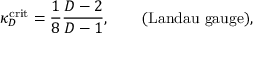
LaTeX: \kappa _ { D } ^ { \mathrm { c r i t } } = \frac { 1 } { 8 } \frac { D - 2 } { D - 1 } , \qquad \mathrm { ( L a n d a u ~ g a u g e ) } ,